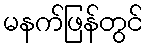
မနက်ဖြန်တွင်